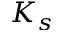
K _ { s }